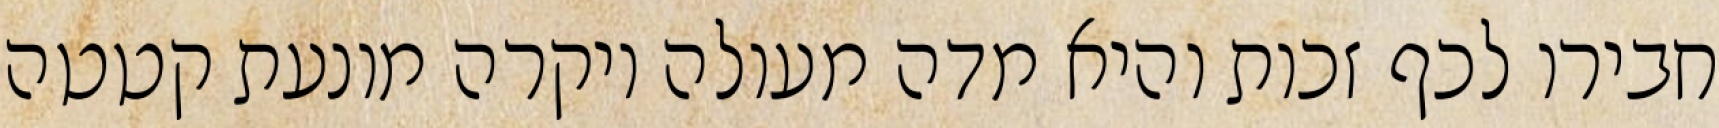
חבירו לכף זכות והיא מדה מעולה ויקרה מונעת קטטה